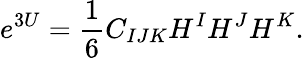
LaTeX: e^{3U}={\frac{1}{6}}C_{IJK}H^{I}H^{J}H^{K}.